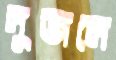
দুজনে